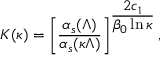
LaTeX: { \cal K } ( \kappa ) = \left[ \frac { \alpha _ { s } ( \Lambda ) } { \alpha _ { s } ( \kappa \Lambda ) } \right] ^ { \displaystyle \frac { 2 c _ { 1 } } { \beta _ { 0 } \ln \kappa } } ,